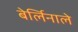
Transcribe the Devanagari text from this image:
बेर्लिनाले